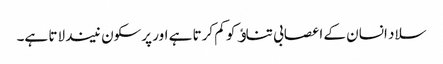
سلاد انسان کے اعصابی تناﺅ کو کم کرتا ہے اور پرسکون نیند لاتا ہے۔